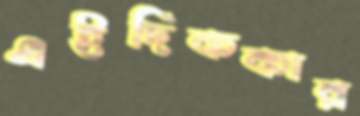
এইদিককার